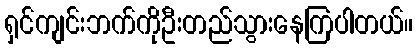
ရှင်ကျင်းဘက်ကိုဦးတည်သွားနေကြပါတယ်။